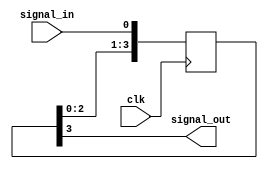
`timescale 1ns / 1ps
//////////////////////////////////////////////////////////////////////////////////
// Company: 
// Engineer: 
// 
// Design Name: 
// Module Name: SignalPipeLineDelay
// Project Name: 
// Target Devices: 
// Tool Versions: 
// Description: 
// 
// Dependencies: 
// 
// Revision:
// Revision 0.01 - File Created
// Additional Comments:
// 
//////////////////////////////////////////////////////////////////////////////////


module SignalPipeLineDelay #(
    parameter SIG_DLY = 3
) (    
    input clk,
    input signal_in,
    output signal_out
);

reg [SIG_DLY:0] signal_delay;

assign signal_out = signal_delay[SIG_DLY];
    
// setting clk delays between audio_en and X_pcm_d_en
always @ (posedge clk) begin
    signal_delay[0] <= signal_in;
    signal_delay[SIG_DLY:1] <= signal_delay[SIG_DLY - 1:0];
end

    
endmodule